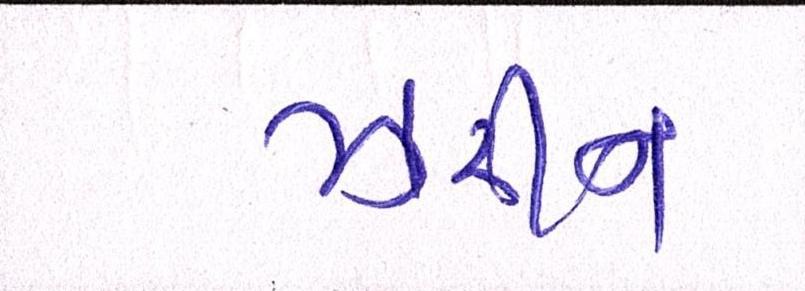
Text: ઝરીન